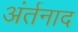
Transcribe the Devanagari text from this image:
अंर्तनाद